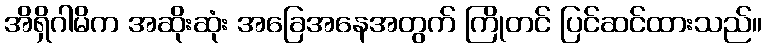
အိရှိဂါမိက အဆိုးဆုံး အခြေအနေအတွက် ကြိုတင် ပြင်ဆင်ထားသည်။